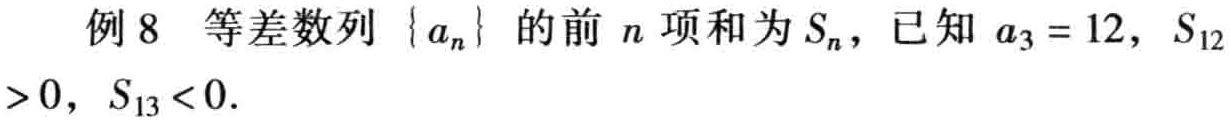
例 8 等差数列\(\{a_{n}\}\)的前\(n\)项和为\(S_{n}\)，已知\(a_{3}=12\)，\(S_{12}>0\)，\(S_{13}<0\).